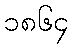
၁၈၆၄